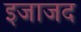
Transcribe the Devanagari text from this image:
इजाजद